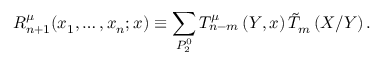
R _ { n + 1 } ^ { \mu } ( x _ { 1 } , \ldots , x _ { n } ; x ) \equiv \sum _ { P _ { 2 } ^ { 0 } } T _ { n - m } ^ { \mu } \left( Y , x \right) \tilde { T } _ { m } \left( X / Y \right) .